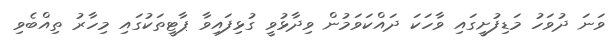
ވަނަ ދުވަހު މަޑިފުށީގައި ވާހަކަ ދައްކަވަމުން ވިދާޅުވީ ގުޅިފައިވާ ޕާޓީތަކުގައި މިހާރު ތިއްބެވި